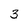
Character: 3